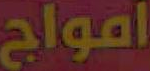
أمواج